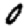
Digit: 0